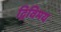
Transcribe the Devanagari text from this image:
द्विविमय